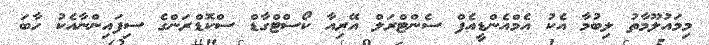
މިމައުލޫމާތު ލިބުމާ އެކު އެމްއެންޑީއެފް ސެންޓްރަލް އޭރިއާ ކޯސްޓްގާޑް ސްކޮޑްރަންގެ ސިފައިންނާއެކު ހާބަ